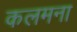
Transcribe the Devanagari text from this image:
कलमना